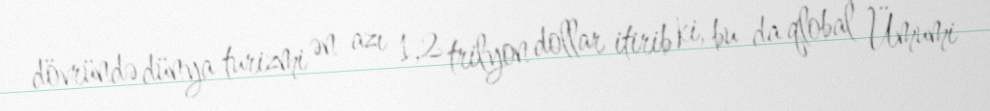
dövründə dünya turizmi ən azı 1,2 trilyon dollar itirib ki, bu da qlobal Ümumi